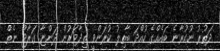
ދަތުރު ނުކުރާނެ ބައެއްގެ ހުއްދަ ބާތިލު ކުރަންވީ ތިދާވަރުން ދަންޏާ ގަރާޖް ނެތް